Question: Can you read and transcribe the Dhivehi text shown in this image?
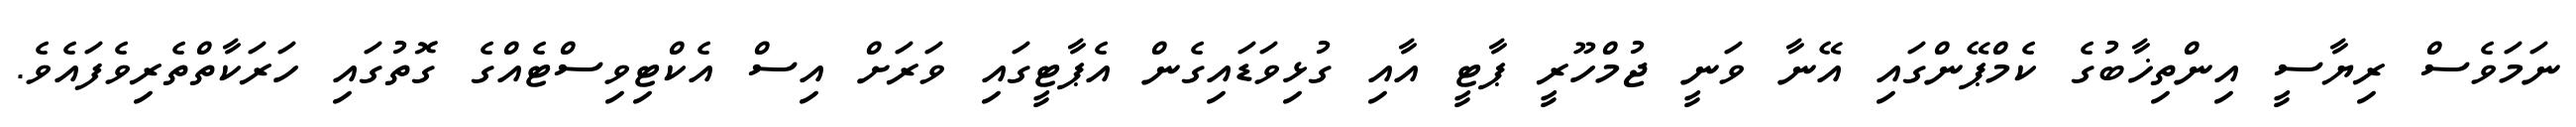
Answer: ނަމަވެސް ރިޔާސީ އިންތިޚާބުގެ ކެމްޕޭންގައި އޭނާ ވަނީ ޖުމްހޫރީ ޕާޓީ އާއި ގުޅިވަޑައިގެން އެޕާޓީގައި ވަރަށް އިސް އެކްޓިވިސްޓެއްގެ ގޮތުގައި ހަރަކާތްތެރިވެފައެވެ.